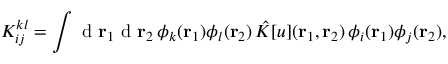
{ K } _ { i j } ^ { k l } = \int \mathrm { ~ d ~ } { \mathbf { r } _ { 1 } } \mathrm { ~ d ~ } { \mathbf { r } _ { 2 } } \, \phi _ { k } ( { \mathbf { r } _ { 1 } } ) \phi _ { l } ( { \mathbf { r } _ { 2 } } ) \, \hat { K } [ u ] ( { \mathbf { r } _ { 1 } } , { \mathbf { r } _ { 2 } } ) \, \phi _ { i } ( { \mathbf { r } _ { 1 } } ) \phi _ { j } ( { \mathbf { r } _ { 2 } } ) ,